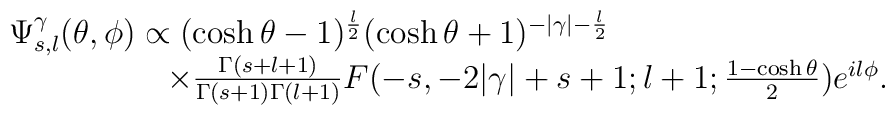
\begin{array}{l}\Psi^{\gamma}_{s,l}(\theta,\phi)\propto(\cosh\theta-1)^{\frac{l}{2}}(\cosh\theta+1)^{-|\gamma|-\frac{l}{2}}\\*\hspace{2cm}\times\frac{\Gamma(s+l+1)}{\Gamma(s+1)\Gamma(l+1)}F(-s,-2|\gamma|+s+1;l+1;\frac{1-\cosh\theta}{2})e^{il\phi}.\end{array}